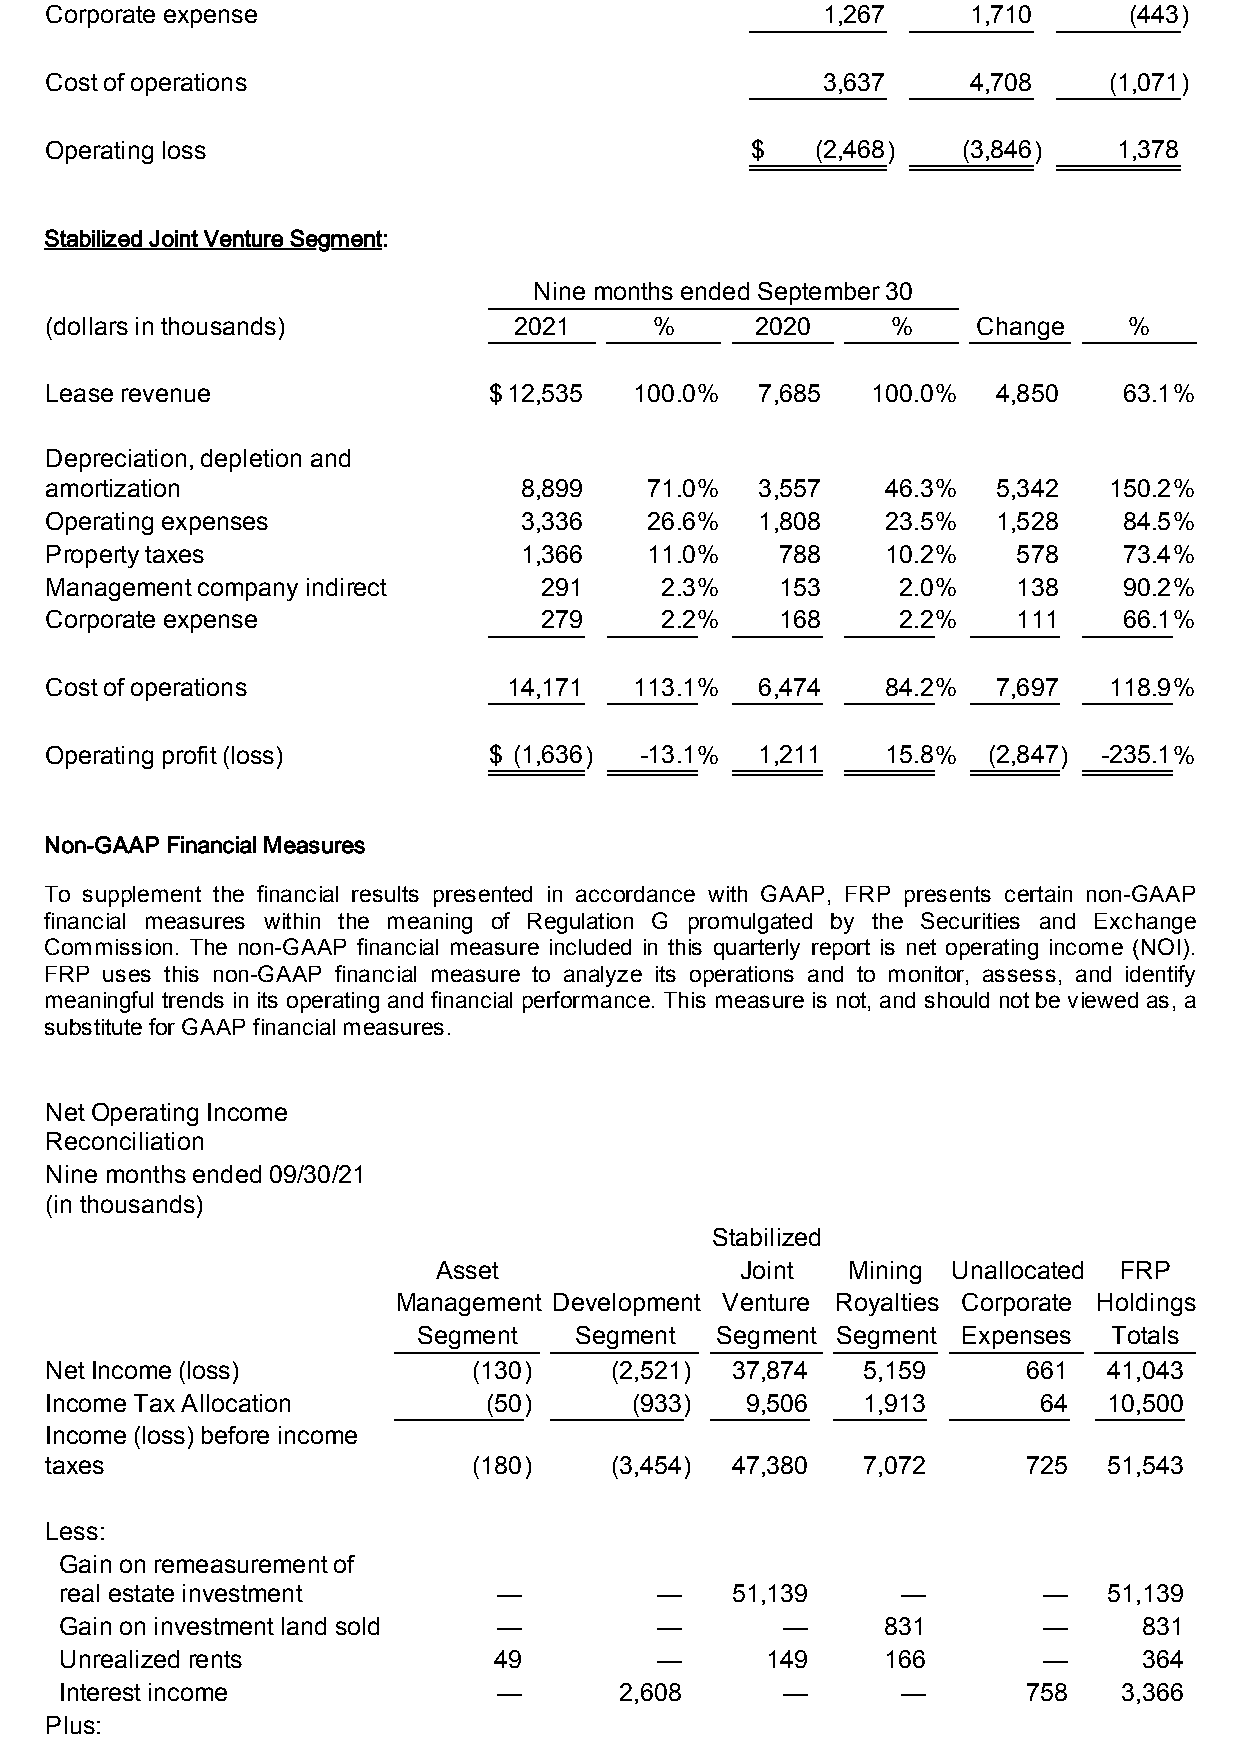
Corporate expense                                  1,267     1,710      (443)
 Cost of operations                                 3,637     4,708    (1,071)
 Operating loss                                 $   (2,468)   (3,846)   1,378
 Stabilized Joint Venture Segment:
 Nine months ended September 30
 (dollars in thousands)         2021     %      2020     %     Change    %
 Lease revenue                $12,535   100.0%  7,685   100.0%  4,850   63.1%
 Depreciation, depletion and
 amortization                   8,899    71.0%  3,557    46.3%  5,342  150.2%
 Operating expenses             3,336    26.6%  1,808    23.5%  1,528   84.5%
 Property taxes                 1,366    11.0%    788    10.2%   578    73.4%
 Management company indirect      291     2.3%    153     2.0%   138    90.2%
 Corporate expense                279     2.2%    168     2.2%   111    66.1%
 Cost of operations             14,171  113.1%  6,474    84.2%  7,697  118.9%
 Operating profit (loss)      $ (1,636) -13.1%  1,211    15.8% (2,847) -235.1%
 Non-GAAP Financial Measures
 To supplement the financial results presented in accordance with GAAP, FRP presents certain non-GAAP
 financial measures within the meaning of Regulation G promulgated by the Securities and Exchange
 Commission. The non-GAAP financial measure included in this quarterly report is net operating income (NOI).
 FRP uses this non-GAAP financial measure to analyze its operations and to monitor, assess, and identify
 meaningful trends in its operating and financial performance. This measure is not, and should not be viewed as, a
 substitute for GAAP financial measures.
 Net Operating Income
 Reconciliation
 Nine months ended 09/30/21
 (in thousands)
 Stabilized
 Asset               Joint  Mining Unallocated FRP
 Management Development Venture Royalties Corporate Holdings
 Segment   Segment  Segment Segment  Expenses  Totals
 Net Income (loss)           (130)    (2,521) 37,874   5,159      661  41,043
 Income Tax Allocation        (50)      (933)  9,506   1,913       64  10,500
 Income (loss) before income
 taxes                       (180)    (3,454) 47,380   7,072      725  51,543
 Less:
 Gain on remeasurement of
 real estate investment       —         —    51,139      —        —   51,139
 Gain on investment land sold —         —        —     831        —      831
 Unrealized rents             49        —       149    166        —      364
 Interest income              —       2,608      —       —       758   3,366
 Plus: